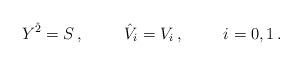
LaTeX: \begin{align*}Y^{\hat 2} = S\, ,\hskip 1truecm {\hat V}_{i} = V_i\, ,\hskip 1truecm i=0,1\, .\end{align*}